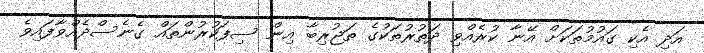
އަދި އެކި ގައުމުތަކަށް އޭނާ ކުރެއްވި ދަތުރުތަކުގެ ތަޖުރިބާ އިން ސިފަކުރުންތައް ގެނެސްދެއްވާފައިވެ